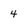
Character: 4